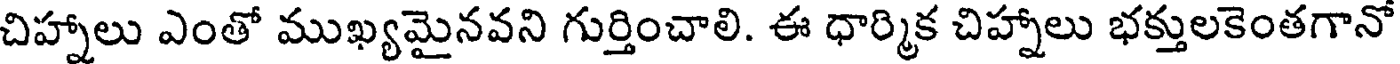
చిహ్నాలు ఎంతో ముఖ్యమైనవని గుర్తించాలి. ఈ ధార్మిక చిహ్నాలు భక్తులకెంతగానో